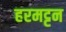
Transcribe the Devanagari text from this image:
हरमट्टन